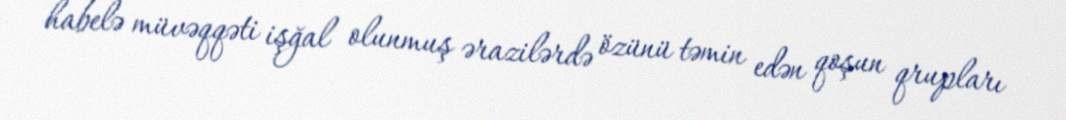
habelə müvəqqəti işğal olunmuş ərazilərdə özünü təmin edən qoşun qrupları